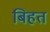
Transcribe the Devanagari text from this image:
बिहत